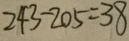
2 4 3 - 2 0 5 = 3 8